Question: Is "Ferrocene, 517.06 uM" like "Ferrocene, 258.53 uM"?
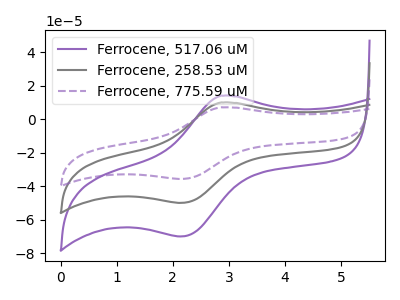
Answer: <think>The purple curve "Ferrocene, 517.06 uM" has an anodic peak at (2.85V, 14.10uA) and a cathodic peak at (2.15V, -69.90uA). The gray curve "Ferrocene, 258.53 uM" has an anodic peak at (2.85V, 10.05uA) and a cathodic peak at (2.15V, -49.85uA). The purple dashed curve "Ferrocene, 775.59 uM" has an anodic peak at (2.85V, 20.10uA) and a cathodic peak at (2.15V, -99.70uA).
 All the peaks in "Ferrocene, 517.06 uM" have a peak in "Ferrocene, 258.53 uM" at the same potential. Every peak in "Ferrocene, 517.06 uM" is higher than every peak in "Ferrocene, 258.53 uM".</think>
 <answer>"Ferrocene, 517.06 uM" and "Ferrocene, 258.53 uM" are similar in shape.</answer>
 <eval>same_shape</eval>